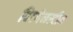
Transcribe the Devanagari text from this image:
विटगेनस्टीन